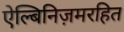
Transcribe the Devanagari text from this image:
ऐल्बिनिज़मरहित